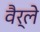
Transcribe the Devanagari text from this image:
वैर्ले